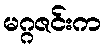
မဂ္ဂဇင်းက